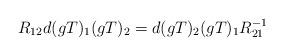
LaTeX: \begin{align*}R_{12}d(gT)_{1}(gT)_{2}=d(gT)_{2}(gT)_{1}R_{21}^{-1}\end{align*}